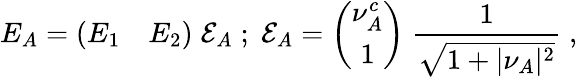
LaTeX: E_{A}=\left(\begin{array}{cc}{{E_{1}}}&{{E_{2}}}\end{array}\right)\; {\cal E}_{A}\; ;\; {\cal E}_{A}=\left(\begin{array}{c}{{\nu_{A}^{c}}}\\ {{1}}\end{array}\right)\; {\frac{1}{\sqrt{1+\vert\nu_{A}\vert^{2}}}}\; ,